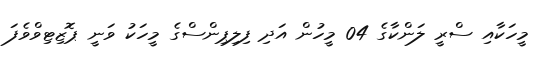
މީހަކާއި ސްރީ ލަންކާގެ 04 މީހުން އަދި ފިލިޕިންސްގެ މީހަކު ވަނީ ޕޮޒިޓިވްވެފަ